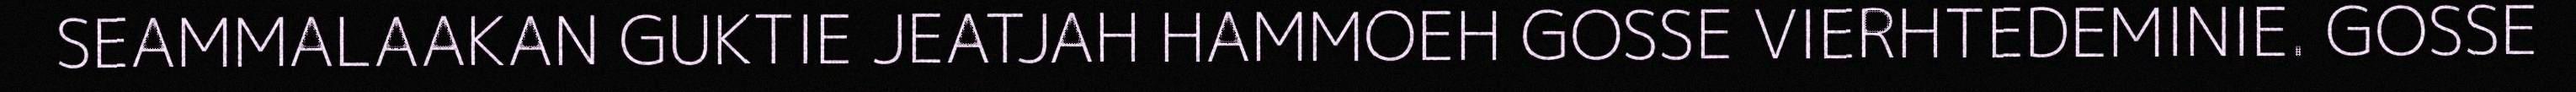
SEAMMALAAKAN GUKTIE JEATJAH HAMMOEH GOSSE VIERHTEDEMINIE. GOSSE